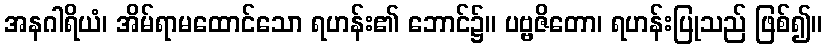
အနဂါရိယံ၊ အိမ်ရာမထောင်သော ရဟန်း၏ ဘောင်၌။ ပဗ္ဗဇိတော၊ ရဟန်းပြုသည် ဖြစ်၍။